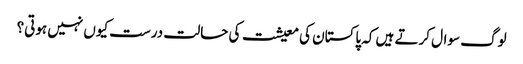
لوگ سوال کرتے ہیں کہ پاکستان کی معیشت کی حالت درست کیوں نہیں ہوتی؟